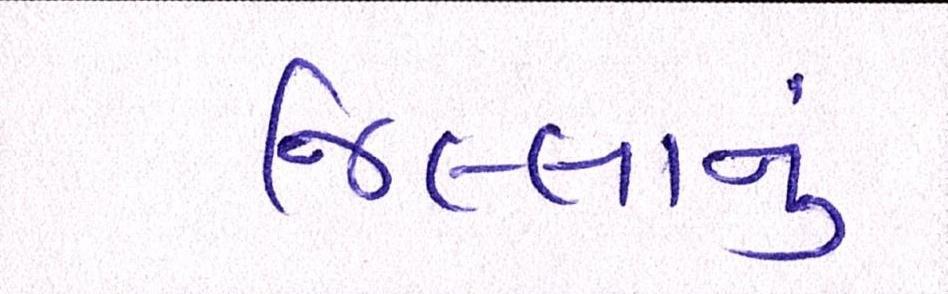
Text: જિલ્લાનું